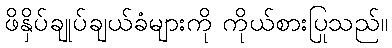
ဖိနှိပ်ချုပ်ချယ်ခံများကို ကိုယ်စားပြုသည်။